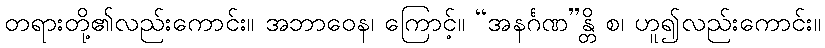
တရားတို့၏လည်းကောင်း။ အဘာဝေန၊ ကြောင့်။ “အနင်္ဂဏ”န္တိ စ၊ ဟူ၍လည်းကောင်း။